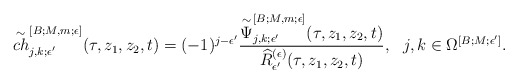
\begin{align*}\overset{\sim}{ch}^{[B;M,m;\epsilon]}_{j,k;\epsilon^\prime}(\tau, z_1,z_2,t)=(-1)^{j-\epsilon^\prime}\frac{\overset{\sim}{\Psi}^{[B;M,m;\epsilon]}_{j,k;\epsilon^\prime}(\tau,z_1,z_2,t)}{\widehat{R}^{(\epsilon)}_{\epsilon^\prime}(\tau,z_1,z_2,t)}, \,\,\,\,j,k \in \Omega^{[B;M;\epsilon^\prime]}.\end{align*}